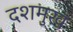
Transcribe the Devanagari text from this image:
दशमुख